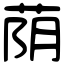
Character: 荫